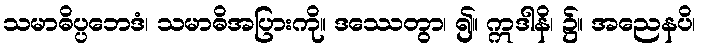
သမာဓိပ္ပဘေဒံ၊ သမာဓိအပြားကို။ ဒဿေတွာ၊ ၍။ ဣဒါနိ၊ ၌။ အညေနပိ၊